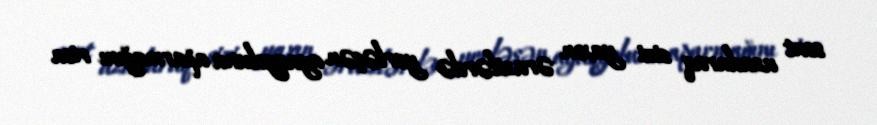
sent uzadaraq sizi yaxın ərazilərdə yerləşən ayaqyoluna aparmağını rica